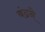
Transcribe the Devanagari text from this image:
बंढने